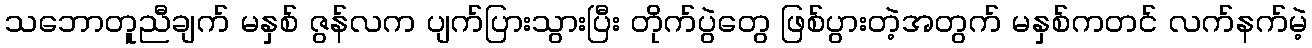
သဘောတူညီချက် မနှစ် ဇွန်လက ပျက်ပြားသွားပြီး တိုက်ပွဲတွေ ဖြစ်ပွားတဲ့အတွက် မနှစ်ကတင် လက်နက်မဲ့